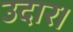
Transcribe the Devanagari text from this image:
उदार।